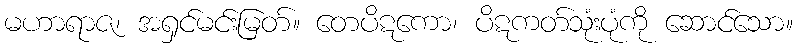
မဟာရာဇ၊ အရှင်မင်းမြတ်။ တေပိဋကော၊ ပိဋကတ်သုံးပုံကို ဆောင်သော။